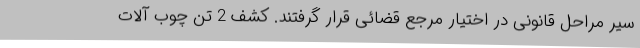
سیر مراحل قانونی در اختیار مرجع قضائی قرار گرفتند. کشف 2 تن چوب آلات